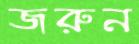
জরুন